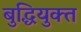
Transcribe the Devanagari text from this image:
बुद्धियुक्‍त